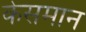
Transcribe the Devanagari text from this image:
केसमान